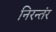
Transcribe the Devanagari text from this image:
निरन्तंर